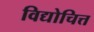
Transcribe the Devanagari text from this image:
विद्योचित्त